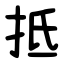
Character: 抵